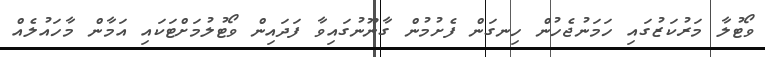
ވޯޓުލާ މަރުކަޒުގައި ހަމަނުޖެހުން ހިނގަން ފެށުމުން ގާނޫނުގައިވާ ފަދައިން ވޯޓުލުމަށްޓަކައި އަމާން މާހައުލެއް